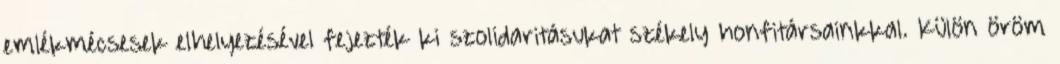
emlékmécsesek elhelyezésével fejezték ki szolidaritásukat székely honfitársainkkal. Külön öröm